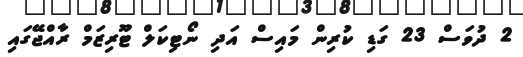
2 ދުވަސް 23 ގަޑި ކުރިން މައިސް އަދި ނޯޓިކަލް ޓޫރިޒަމް ރާއްޖޭގައި